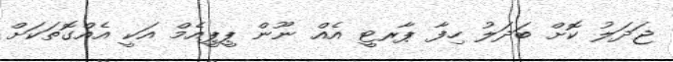
ޖަދަލު ކޮށް ބަދަލު ހިފާ ޕާރޓީ އެއް ނޫން ޕީޕީއެމް އަކީ އެއްގޮތަކަށް